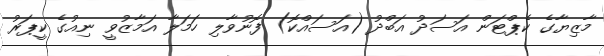
މާޒިޔާގެ ކެޕްޓަން އަސަދު އަބްދު (އަސައްކޮ) ފޮނުވާލި ހަމަލާ އަމާޒުވީ ނިއުގެ ކީޕަރު